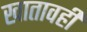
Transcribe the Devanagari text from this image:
खातावही